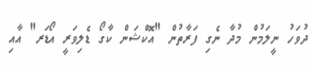
ދުވަހު ނީލަމުން މުދާ ނެގި ފަރާތުން "އޮކްޝަން ކާގޯ ޑެލިވަރީ އޯޑަރ" އާއި